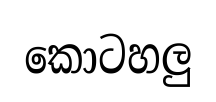
කොටහලු